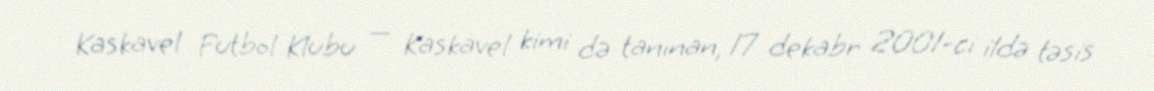
Kaskavel Futbol Klubu — Kaskavel kimi də tanınan, 17 dekabr 2001-ci ildə təsis